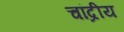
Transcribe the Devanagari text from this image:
चांद्रीय